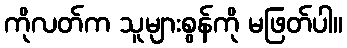
ကိုလတ်က သူများစွန်ကို မဖြတ်ပါ။